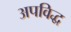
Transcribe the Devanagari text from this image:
अपविद्ध